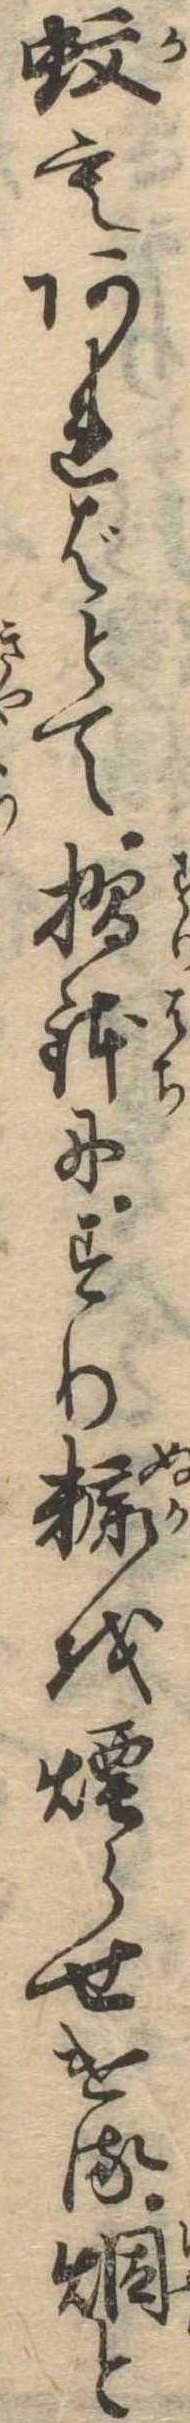
蚊もあればとて摺鉢にすり糠を煙らせける煙と